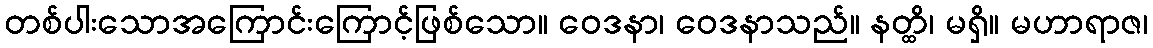
တစ်ပါးသောအကြောင်းကြောင့်ဖြစ်သော။ ဝေဒနာ၊ ဝေဒနာသည်။ နတ္ထိ၊ မရှိ။ မဟာရာဇ၊